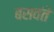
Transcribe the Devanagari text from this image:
बसवंते